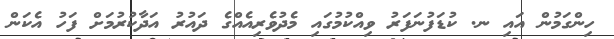
ހިންގަމުން އައި ނ. ކުޑަފުނަފަރު ވިއްކުމުގައި މެދުވެރިއެއްގެ ދައުރު އަދާކުރުމަށް ފަހު އެކަން